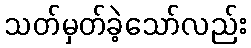
သတ်မှတ်ခဲ့သော်လည်း